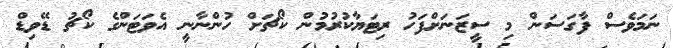
ނަމަވެސް ފާގަސަން މި ސީޒަނަށްފަހު ރިޓަޔާކުރުމުން ކޯޗަށް ހުންނާނީ އެވަޓަންގެ ކޯޗު ޑޭވިޑް